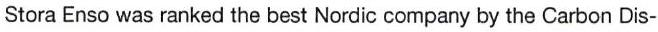
Stora Enso was ranked the best Nordic company by the Carbon Dis-